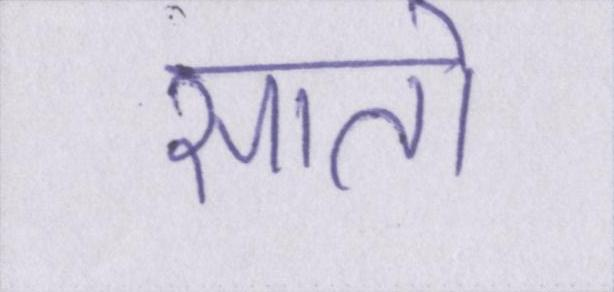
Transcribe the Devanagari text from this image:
सातो